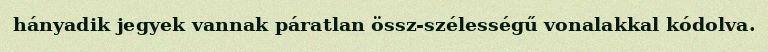
hányadik jegyek vannak páratlan össz-szélességű vonalakkal kódolva.